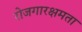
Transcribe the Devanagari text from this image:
रोजगारक्षमता